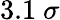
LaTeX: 3.1~\sigma